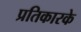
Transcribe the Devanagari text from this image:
प्रतिकारके